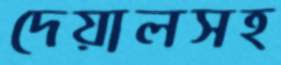
দেয়ালসহ